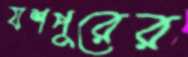
যশপুরের